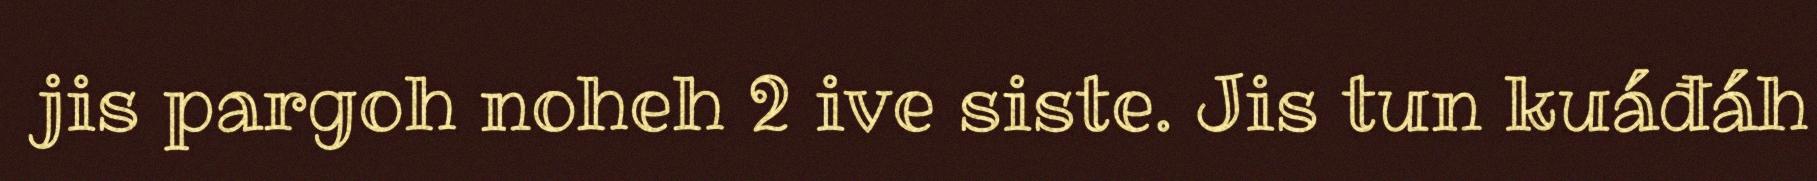
jis pargoh noheh 2 ive siste. Jis tun kuáđáh